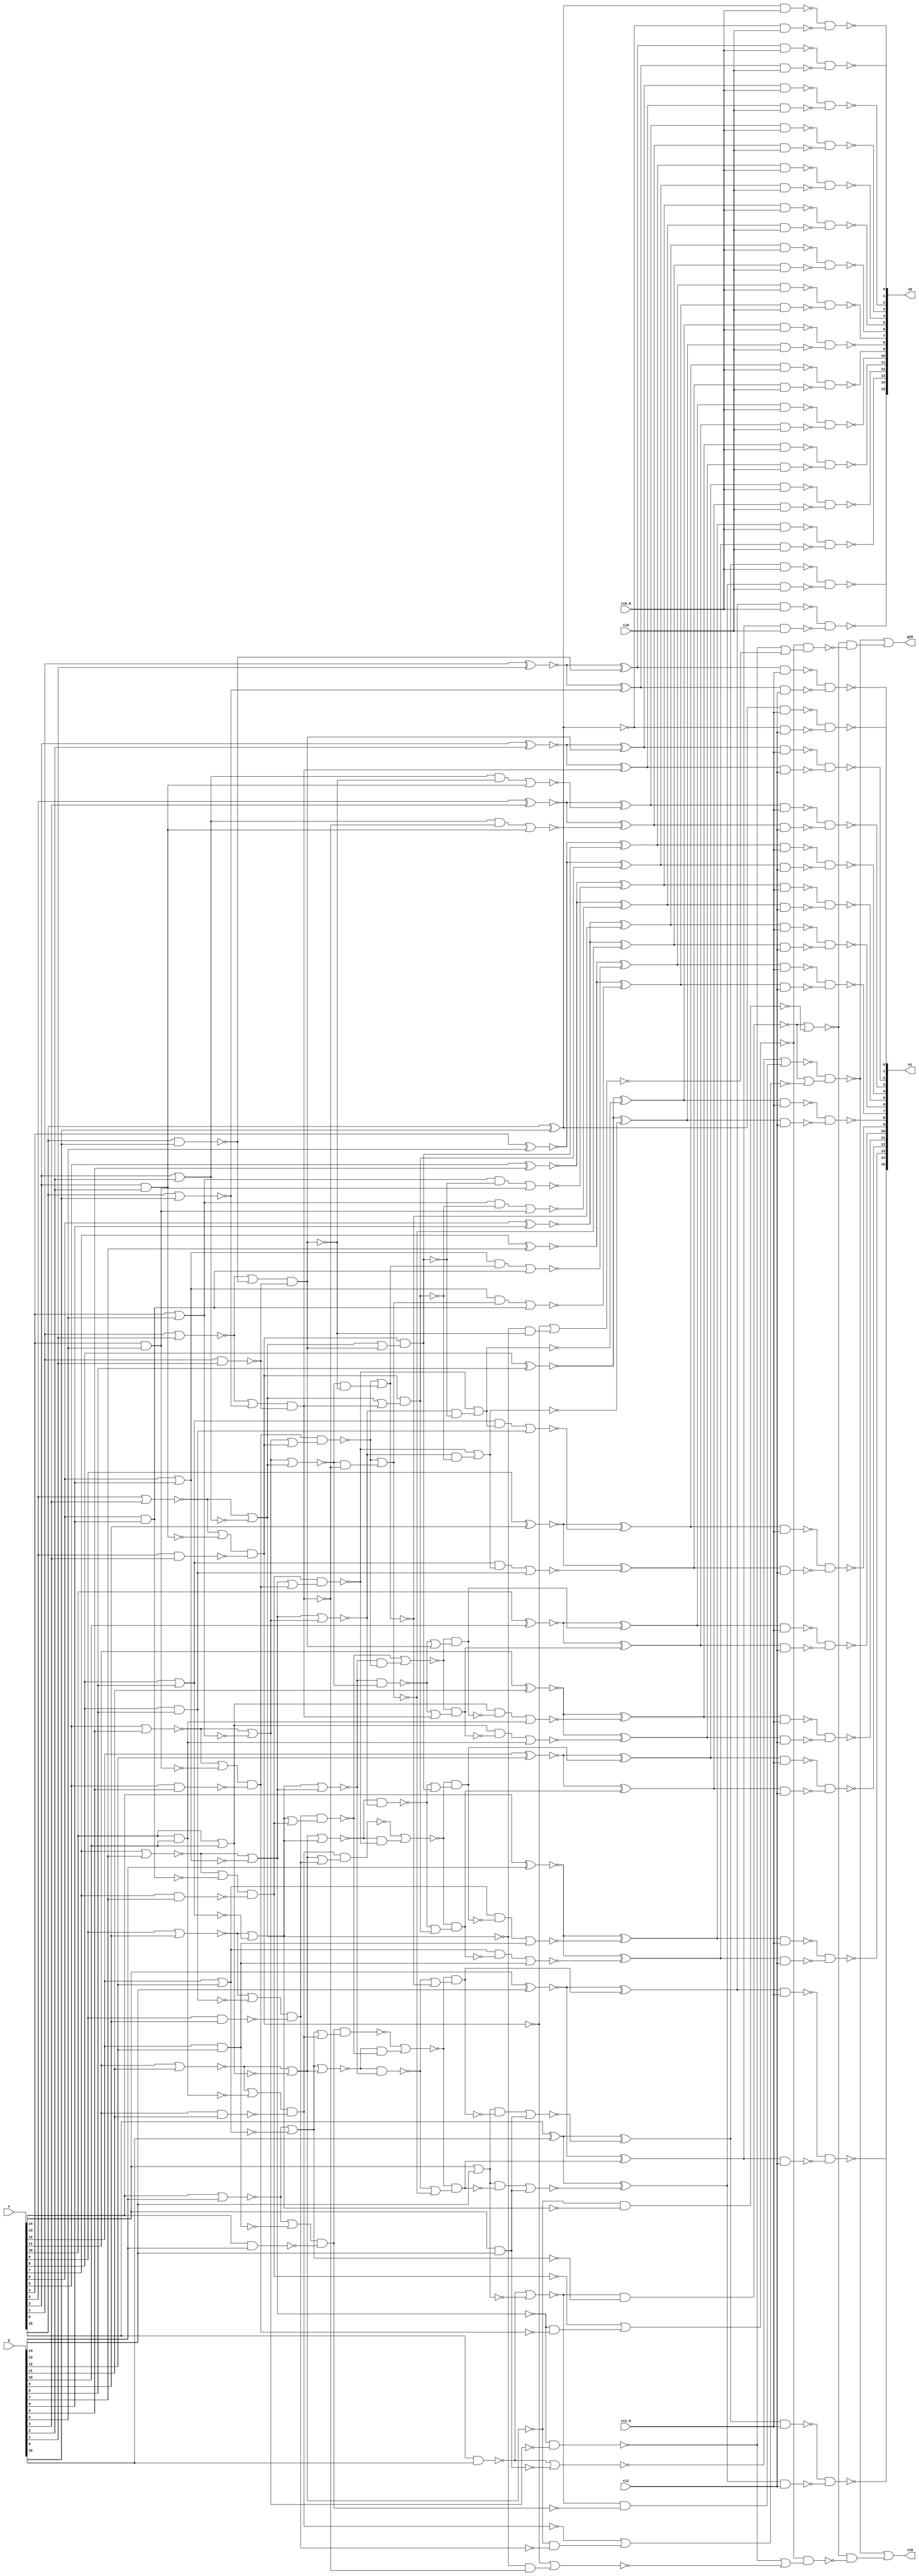
module fu_hc16pp_msb(
   x,
   y,
   ci0,
   ci0_b,
   ci1,
   ci1_b,
   s0,
   s1,
   g16,
   t16
);
   input [0:15]  x;
   input [0:15]  y;
   input         ci0;
   input         ci0_b;
   input         ci1;
   input         ci1_b;
   output [0:15] s0;
   output [0:15] s1;
   output        g16;
   output        t16;

   parameter     tiup = 1'b1;
   parameter     tidn = 1'b0;

   wire [1:15]   g01_b;
   wire [0:15]   t01_b;
   wire [0:15]   p01_b;
   wire [0:15]   p01;
   wire [0:7]    g01od;
   wire [0:7]    t01od;
   wire [0:7]    g02ev;
   wire [0:7]    t02ev;
   wire [1:7]    g02ev_b;
   wire [1:7]    t02ev_b;
   wire [1:7]    g04ev;
   wire [1:7]    t04ev;
   wire [1:7]    g08ev_b;
   wire [1:7]    t08ev_b;
   wire [1:7]    g16ev;
   wire [1:7]    t16ev;
   wire [1:15]   c0_b;
   wire [1:15]   c1_b;
   wire [0:15]   s0_raw;
   wire [0:15]   s1_raw;
   wire [0:15]   s0_x_b;
   wire [0:15]   s0_y_b;
   wire [0:15]   s1_x_b;
   wire [0:15]   s1_y_b;

   wire          glb_g04_e01_b;		//new // rep glb
   wire          glb_g04_e23_b;
   wire          glb_g04_e45_b;
   wire          glb_g04_e67_b;
   wire          glb_t04_e01_b;		//new // rep glb
   wire          glb_t04_e23_b;
   wire          glb_t04_e45_b;
   wire          glb_t04_e67_b;
   wire          glb_g08_e03;		//new // rep glb
   wire          glb_g08_e47;
   wire          glb_t08_e03;
   wire          glb_t08_e47;
   wire          glb_g16_e07_b;		//new // rep glb
   wire          glb_t16_e07_b;



   ////#####################################
   ////## group 1
   ////#####################################

   //hc00_g01: g01_b( 0) <= tiup                  ; --critical <=== different then MID
   assign g01_b[1] = (~(x[1] & y[1]));		//critical
   assign g01_b[2] = (~(x[2] & y[2]));		//critical
   assign g01_b[3] = (~(x[3] & y[3]));		//critical
   assign g01_b[4] = (~(x[4] & y[4]));		//critical
   assign g01_b[5] = (~(x[5] & y[5]));		//critical
   assign g01_b[6] = (~(x[6] & y[6]));		//critical
   assign g01_b[7] = (~(x[7] & y[7]));		//critical
   assign g01_b[8] = (~(x[8] & y[8]));		//critical
   assign g01_b[9] = (~(x[9] & y[9]));		//critical
   assign g01_b[10] = (~(x[10] & y[10]));		//critical
   assign g01_b[11] = (~(x[11] & y[11]));		//critical
   assign g01_b[12] = (~(x[12] & y[12]));		//critical
   assign g01_b[13] = (~(x[13] & y[13]));		//critical
   assign g01_b[14] = (~(x[14] & y[14]));		//critical
   assign g01_b[15] = (~(x[15] & y[15]));		//critical

   assign t01_b[0] = (~(x[0] & y[0]));		//critical <==== different then MID
   assign t01_b[1] = (~(x[1] | y[1]));		//critical
   assign t01_b[2] = (~(x[2] | y[2]));		//critical
   assign t01_b[3] = (~(x[3] | y[3]));		//critical
   assign t01_b[4] = (~(x[4] | y[4]));		//critical
   assign t01_b[5] = (~(x[5] | y[5]));		//critical
   assign t01_b[6] = (~(x[6] | y[6]));		//critical
   assign t01_b[7] = (~(x[7] | y[7]));		//critical
   assign t01_b[8] = (~(x[8] | y[8]));		//critical
   assign t01_b[9] = (~(x[9] | y[9]));		//critical
   assign t01_b[10] = (~(x[10] | y[10]));		//critical
   assign t01_b[11] = (~(x[11] | y[11]));		//critical
   assign t01_b[12] = (~(x[12] | y[12]));		//critical
   assign t01_b[13] = (~(x[13] | y[13]));		//critical
   assign t01_b[14] = (~(x[14] | y[14]));		//critical
   assign t01_b[15] = (~(x[15] | y[15]));		//critical

   assign p01[0] = (~(x[0] ^ y[0]));		//not critical  <==== different than MID
   assign p01[1] = (x[1] ^ y[1]);		//not critical
   assign p01[2] = (x[2] ^ y[2]);		//not critical
   assign p01[3] = (x[3] ^ y[3]);		//not critical
   assign p01[4] = (x[4] ^ y[4]);		//not critical
   assign p01[5] = (x[5] ^ y[5]);		//not critical
   assign p01[6] = (x[6] ^ y[6]);		//not critical
   assign p01[7] = (x[7] ^ y[7]);		//not critical
   assign p01[8] = (x[8] ^ y[8]);		//not critical
   assign p01[9] = (x[9] ^ y[9]);		//not critical
   assign p01[10] = (x[10] ^ y[10]);		//not critical
   assign p01[11] = (x[11] ^ y[11]);		//not critical
   assign p01[12] = (x[12] ^ y[12]);		//not critical
   assign p01[13] = (x[13] ^ y[13]);		//not critical
   assign p01[14] = (x[14] ^ y[14]);		//not critical
   assign p01[15] = (x[15] ^ y[15]);		//not critical

   assign p01_b[0] = (~(p01[0]));		//not critical
   assign p01_b[1] = (~(p01[1]));		//not critical
   assign p01_b[2] = (~(p01[2]));		//not critical
   assign p01_b[3] = (~(p01[3]));		//not critical
   assign p01_b[4] = (~(p01[4]));		//not critical
   assign p01_b[5] = (~(p01[5]));		//not critical
   assign p01_b[6] = (~(p01[6]));		//not critical
   assign p01_b[7] = (~(p01[7]));		//not critical
   assign p01_b[8] = (~(p01[8]));		//not critical
   assign p01_b[9] = (~(p01[9]));		//not critical
   assign p01_b[10] = (~(p01[10]));		//not critical
   assign p01_b[11] = (~(p01[11]));		//not critical
   assign p01_b[12] = (~(p01[12]));		//not critical
   assign p01_b[13] = (~(p01[13]));		//not critical
   assign p01_b[14] = (~(p01[14]));		//not critical
   assign p01_b[15] = (~(p01[15]));		//not critical

   assign g01od[0] = (~g01_b[1]);
   assign g01od[1] = (~g01_b[3]);
   assign g01od[2] = (~g01_b[5]);
   assign g01od[3] = (~g01_b[7]);
   assign g01od[4] = (~g01_b[9]);
   assign g01od[5] = (~g01_b[11]);
   assign g01od[6] = (~g01_b[13]);
   assign g01od[7] = (~g01_b[15]);

   assign t01od[0] = (~t01_b[1]);
   assign t01od[1] = (~t01_b[3]);
   assign t01od[2] = (~t01_b[5]);
   assign t01od[3] = (~t01_b[7]);
   assign t01od[4] = (~t01_b[9]);
   assign t01od[5] = (~t01_b[11]);
   assign t01od[6] = (~t01_b[13]);
   assign t01od[7] = (~t01_b[15]);

   ////#####################################
   ////## group 2
   ////#####################################

   assign g02ev[7] = (~((t01_b[14] | g01_b[15]) & g01_b[14]));		//final
   assign g02ev[6] = (~((t01_b[12] | g01_b[13]) & g01_b[12]));
   assign g02ev[5] = (~((t01_b[10] | g01_b[11]) & g01_b[10]));
   assign g02ev[4] = (~((t01_b[8] | g01_b[9]) & g01_b[8]));
   assign g02ev[3] = (~((t01_b[6] | g01_b[7]) & g01_b[6]));
   assign g02ev[2] = (~((t01_b[4] | g01_b[5]) & g01_b[4]));
   assign g02ev[1] = (~((t01_b[2] | g01_b[3]) & g01_b[2]));
   assign g02ev[0] = (~(t01_b[0] | g01_b[1]));		// <==== different than MID

   assign t02ev[7] = (~((t01_b[14] | t01_b[15]) & g01_b[14]));		//final
   assign t02ev[6] = (~(t01_b[12] | t01_b[13]));
   assign t02ev[5] = (~(t01_b[10] | t01_b[11]));
   assign t02ev[4] = (~(t01_b[8] | t01_b[9]));
   assign t02ev[3] = (~(t01_b[6] | t01_b[7]));
   assign t02ev[2] = (~(t01_b[4] | t01_b[5]));
   assign t02ev[1] = (~(t01_b[2] | t01_b[3]));
   assign t02ev[0] = (~(t01_b[0] | t01_b[1]));

   assign g02ev_b[7] = (~(g02ev[7]));		//new
   assign g02ev_b[6] = (~(g02ev[6]));		//new
   assign g02ev_b[5] = (~(g02ev[5]));		//new
   assign g02ev_b[4] = (~(g02ev[4]));		//new
   assign g02ev_b[3] = (~(g02ev[3]));		//new
   assign g02ev_b[2] = (~(g02ev[2]));		//new
   assign g02ev_b[1] = (~(g02ev[1]));		//new

   assign t02ev_b[7] = (~(t02ev[7]));		//new
   assign t02ev_b[6] = (~(t02ev[6]));		//new
   assign t02ev_b[5] = (~(t02ev[5]));		//new
   assign t02ev_b[4] = (~(t02ev[4]));		//new
   assign t02ev_b[3] = (~(t02ev[3]));		//new
   assign t02ev_b[2] = (~(t02ev[2]));		//new
   assign t02ev_b[1] = (~(t02ev[1]));		//new

   ////#####################################
   ////## replicating for global chain
   ////#####################################

   assign glb_g04_e01_b = (~(g02ev[0] | (t02ev[0] & g02ev[1])));
   assign glb_g04_e23_b = (~(g02ev[2] | (t02ev[2] & g02ev[3])));
   assign glb_g04_e45_b = (~(g02ev[4] | (t02ev[4] & g02ev[5])));
   assign glb_g04_e67_b = (~(g02ev[6] | (t02ev[6] & g02ev[7])));
   assign glb_t04_e01_b = (~(t02ev[0] & t02ev[1]));
   assign glb_t04_e23_b = (~(t02ev[2] & t02ev[3]));
   assign glb_t04_e45_b = (~(t02ev[4] & t02ev[5]));
   assign glb_t04_e67_b = (~(g02ev[6] | (t02ev[6] & t02ev[7])));

   assign glb_g08_e03 = (~(glb_g04_e01_b & (glb_t04_e01_b | glb_g04_e23_b)));
   assign glb_g08_e47 = (~(glb_g04_e45_b & (glb_t04_e45_b | glb_g04_e67_b)));
   assign glb_t08_e03 = (~(glb_t04_e01_b | glb_t04_e23_b));
   assign glb_t08_e47 = (~(glb_g04_e45_b & (glb_t04_e45_b | glb_t04_e67_b)));

   assign glb_g16_e07_b = (~(glb_g08_e03 | (glb_t08_e03 & glb_g08_e47)));
   assign glb_t16_e07_b = (~(glb_g08_e03 | (glb_t08_e03 & glb_t08_e47)));

   assign g16 = (~(glb_g16_e07_b));		//output
   assign t16 = (~(glb_t16_e07_b));		//output

   ////#####################################
   ////## group 4 // delayed for local chain ... reverse phase
   ////#####################################

   assign g04ev[7] = (~(g02ev_b[7]));
   assign g04ev[6] = (~(g02ev_b[6] & (t02ev_b[6] | g02ev_b[7])));		//final
   assign g04ev[5] = (~(g02ev_b[5] & (t02ev_b[5] | g02ev_b[6])));
   assign g04ev[4] = (~(g02ev_b[4] & (t02ev_b[4] | g02ev_b[5])));
   assign g04ev[3] = (~(g02ev_b[3] & (t02ev_b[3] | g02ev_b[4])));
   assign g04ev[2] = (~(g02ev_b[2] & (t02ev_b[2] | g02ev_b[3])));
   assign g04ev[1] = (~(g02ev_b[1] & (t02ev_b[1] | g02ev_b[2])));

   assign t04ev[7] = (~(t02ev_b[7]));
   assign t04ev[6] = (~(g02ev_b[6] & (t02ev_b[6] | t02ev_b[7])));		//final
   assign t04ev[5] = (~(t02ev_b[5] | t02ev_b[6]));
   assign t04ev[4] = (~(t02ev_b[4] | t02ev_b[5]));
   assign t04ev[3] = (~(t02ev_b[3] | t02ev_b[4]));
   assign t04ev[2] = (~(t02ev_b[2] | t02ev_b[3]));
   assign t04ev[1] = (~(t02ev_b[1] | t02ev_b[2]));

   ////#####################################
   ////## group 8
   ////#####################################

   assign g08ev_b[7] = (~(g04ev[7]));
   assign g08ev_b[6] = (~(g04ev[6]));
   assign g08ev_b[5] = (~(g04ev[5] | (t04ev[5] & g04ev[7])));		//final
   assign g08ev_b[4] = (~(g04ev[4] | (t04ev[4] & g04ev[6])));		//final
   assign g08ev_b[3] = (~(g04ev[3] | (t04ev[3] & g04ev[5])));
   assign g08ev_b[2] = (~(g04ev[2] | (t04ev[2] & g04ev[4])));
   assign g08ev_b[1] = (~(g04ev[1] | (t04ev[1] & g04ev[3])));

   assign t08ev_b[7] = (~(t04ev[7]));
   assign t08ev_b[6] = (~(t04ev[6]));
   assign t08ev_b[5] = (~(g04ev[5] | (t04ev[5] & t04ev[7])));		//final
   assign t08ev_b[4] = (~(g04ev[4] | (t04ev[4] & t04ev[6])));		//final
   assign t08ev_b[3] = (~(t04ev[3] & t04ev[5]));
   assign t08ev_b[2] = (~(t04ev[2] & t04ev[4]));
   assign t08ev_b[1] = (~(t04ev[1] & t04ev[3]));

   ////#####################################
   ////## group 16
   ////#####################################

   assign g16ev[7] = (~(g08ev_b[7]));
   assign g16ev[6] = (~(g08ev_b[6]));
   assign g16ev[5] = (~(g08ev_b[5]));
   assign g16ev[4] = (~(g08ev_b[4]));
   assign g16ev[3] = (~(g08ev_b[3] & (t08ev_b[3] | g08ev_b[7])));		//final
   assign g16ev[2] = (~(g08ev_b[2] & (t08ev_b[2] | g08ev_b[6])));		//final
   assign g16ev[1] = (~(g08ev_b[1] & (t08ev_b[1] | g08ev_b[5])));		//final

   assign t16ev[7] = (~(t08ev_b[7]));
   assign t16ev[6] = (~(t08ev_b[6]));
   assign t16ev[5] = (~(t08ev_b[5]));
   assign t16ev[4] = (~(t08ev_b[4]));
   assign t16ev[3] = (~(g08ev_b[3] & (t08ev_b[3] | t08ev_b[7])));		//final
   assign t16ev[2] = (~(g08ev_b[2] & (t08ev_b[2] | t08ev_b[6])));		//final
   assign t16ev[1] = (~(g08ev_b[1] & (t08ev_b[1] | t08ev_b[5])));		//final

   ////#####################################
   ////## group 16 delayed
   ////#####################################

   assign c0_b[14] = (~(g16ev[7]));
   assign c0_b[12] = (~(g16ev[6]));
   assign c0_b[10] = (~(g16ev[5]));
   assign c0_b[8] = (~(g16ev[4]));
   assign c0_b[6] = (~(g16ev[3]));
   assign c0_b[4] = (~(g16ev[2]));
   assign c0_b[2] = (~(g16ev[1]));

   assign c1_b[14] = (~(t16ev[7]));
   assign c1_b[12] = (~(t16ev[6]));
   assign c1_b[10] = (~(t16ev[5]));
   assign c1_b[8] = (~(t16ev[4]));
   assign c1_b[6] = (~(t16ev[3]));
   assign c1_b[4] = (~(t16ev[2]));
   assign c1_b[2] = (~(t16ev[1]));

   assign c0_b[15] = (~(g01od[7]));
   assign c0_b[13] = (~((t01od[6] & g16ev[7]) | g01od[6]));
   assign c0_b[11] = (~((t01od[5] & g16ev[6]) | g01od[5]));
   assign c0_b[9] = (~((t01od[4] & g16ev[5]) | g01od[4]));
   assign c0_b[7] = (~((t01od[3] & g16ev[4]) | g01od[3]));
   assign c0_b[5] = (~((t01od[2] & g16ev[3]) | g01od[2]));
   assign c0_b[3] = (~((t01od[1] & g16ev[2]) | g01od[1]));
   assign c0_b[1] = (~((t01od[0] & g16ev[1]) | g01od[0]));

   assign c1_b[15] = (~(t01od[7]));
   assign c1_b[13] = (~((t01od[6] & t16ev[7]) | g01od[6]));
   assign c1_b[11] = (~((t01od[5] & t16ev[6]) | g01od[5]));
   assign c1_b[9] = (~((t01od[4] & t16ev[5]) | g01od[4]));
   assign c1_b[7] = (~((t01od[3] & t16ev[4]) | g01od[3]));
   assign c1_b[5] = (~((t01od[2] & t16ev[3]) | g01od[2]));
   assign c1_b[3] = (~((t01od[1] & t16ev[2]) | g01od[1]));
   assign c1_b[1] = (~((t01od[0] & t16ev[1]) | g01od[0]));

   ////#####################################
   ////## sum before select
   ////#####################################

   assign s0_raw[0] = (p01_b[0] ^ c0_b[1]);
   assign s0_raw[1] = (p01_b[1] ^ c0_b[2]);
   assign s0_raw[2] = (p01_b[2] ^ c0_b[3]);
   assign s0_raw[3] = (p01_b[3] ^ c0_b[4]);
   assign s0_raw[4] = (p01_b[4] ^ c0_b[5]);
   assign s0_raw[5] = (p01_b[5] ^ c0_b[6]);
   assign s0_raw[6] = (p01_b[6] ^ c0_b[7]);
   assign s0_raw[7] = (p01_b[7] ^ c0_b[8]);
   assign s0_raw[8] = (p01_b[8] ^ c0_b[9]);
   assign s0_raw[9] = (p01_b[9] ^ c0_b[10]);
   assign s0_raw[10] = (p01_b[10] ^ c0_b[11]);
   assign s0_raw[11] = (p01_b[11] ^ c0_b[12]);
   assign s0_raw[12] = (p01_b[12] ^ c0_b[13]);
   assign s0_raw[13] = (p01_b[13] ^ c0_b[14]);
   assign s0_raw[14] = (p01_b[14] ^ c0_b[15]);
   assign s0_raw[15] = (~p01_b[15]);

   assign s1_raw[0] = (p01_b[0] ^ c1_b[1]);
   assign s1_raw[1] = (p01_b[1] ^ c1_b[2]);
   assign s1_raw[2] = (p01_b[2] ^ c1_b[3]);
   assign s1_raw[3] = (p01_b[3] ^ c1_b[4]);
   assign s1_raw[4] = (p01_b[4] ^ c1_b[5]);
   assign s1_raw[5] = (p01_b[5] ^ c1_b[6]);
   assign s1_raw[6] = (p01_b[6] ^ c1_b[7]);
   assign s1_raw[7] = (p01_b[7] ^ c1_b[8]);
   assign s1_raw[8] = (p01_b[8] ^ c1_b[9]);
   assign s1_raw[9] = (p01_b[9] ^ c1_b[10]);
   assign s1_raw[10] = (p01_b[10] ^ c1_b[11]);
   assign s1_raw[11] = (p01_b[11] ^ c1_b[12]);
   assign s1_raw[12] = (p01_b[12] ^ c1_b[13]);
   assign s1_raw[13] = (p01_b[13] ^ c1_b[14]);
   assign s1_raw[14] = (p01_b[14] ^ c1_b[15]);
   assign s1_raw[15] = (~s0_raw[15]);

   ////#####################################
   ////## sum after select
   ////#####################################

   assign s0_x_b[0] = (~(s0_raw[0] & ci0_b));
   assign s0_y_b[0] = (~(s1_raw[0] & ci0));
   assign s1_x_b[0] = (~(s0_raw[0] & ci1_b));
   assign s1_y_b[0] = (~(s1_raw[0] & ci1));
   assign s0[0] = (~(s0_x_b[0] & s0_y_b[0]));
   assign s1[0] = (~(s1_x_b[0] & s1_y_b[0]));

   assign s0_x_b[1] = (~(s0_raw[1] & ci0_b));
   assign s0_y_b[1] = (~(s1_raw[1] & ci0));
   assign s1_x_b[1] = (~(s0_raw[1] & ci1_b));
   assign s1_y_b[1] = (~(s1_raw[1] & ci1));
   assign s0[1] = (~(s0_x_b[1] & s0_y_b[1]));
   assign s1[1] = (~(s1_x_b[1] & s1_y_b[1]));

   assign s0_x_b[2] = (~(s0_raw[2] & ci0_b));
   assign s0_y_b[2] = (~(s1_raw[2] & ci0));
   assign s1_x_b[2] = (~(s0_raw[2] & ci1_b));
   assign s1_y_b[2] = (~(s1_raw[2] & ci1));
   assign s0[2] = (~(s0_x_b[2] & s0_y_b[2]));
   assign s1[2] = (~(s1_x_b[2] & s1_y_b[2]));

   assign s0_x_b[3] = (~(s0_raw[3] & ci0_b));
   assign s0_y_b[3] = (~(s1_raw[3] & ci0));
   assign s1_x_b[3] = (~(s0_raw[3] & ci1_b));
   assign s1_y_b[3] = (~(s1_raw[3] & ci1));
   assign s0[3] = (~(s0_x_b[3] & s0_y_b[3]));
   assign s1[3] = (~(s1_x_b[3] & s1_y_b[3]));

   assign s0_x_b[4] = (~(s0_raw[4] & ci0_b));
   assign s0_y_b[4] = (~(s1_raw[4] & ci0));
   assign s1_x_b[4] = (~(s0_raw[4] & ci1_b));
   assign s1_y_b[4] = (~(s1_raw[4] & ci1));
   assign s0[4] = (~(s0_x_b[4] & s0_y_b[4]));
   assign s1[4] = (~(s1_x_b[4] & s1_y_b[4]));

   assign s0_x_b[5] = (~(s0_raw[5] & ci0_b));
   assign s0_y_b[5] = (~(s1_raw[5] & ci0));
   assign s1_x_b[5] = (~(s0_raw[5] & ci1_b));
   assign s1_y_b[5] = (~(s1_raw[5] & ci1));
   assign s0[5] = (~(s0_x_b[5] & s0_y_b[5]));
   assign s1[5] = (~(s1_x_b[5] & s1_y_b[5]));

   assign s0_x_b[6] = (~(s0_raw[6] & ci0_b));
   assign s0_y_b[6] = (~(s1_raw[6] & ci0));
   assign s1_x_b[6] = (~(s0_raw[6] & ci1_b));
   assign s1_y_b[6] = (~(s1_raw[6] & ci1));
   assign s0[6] = (~(s0_x_b[6] & s0_y_b[6]));
   assign s1[6] = (~(s1_x_b[6] & s1_y_b[6]));

   assign s0_x_b[7] = (~(s0_raw[7] & ci0_b));
   assign s0_y_b[7] = (~(s1_raw[7] & ci0));
   assign s1_x_b[7] = (~(s0_raw[7] & ci1_b));
   assign s1_y_b[7] = (~(s1_raw[7] & ci1));
   assign s0[7] = (~(s0_x_b[7] & s0_y_b[7]));
   assign s1[7] = (~(s1_x_b[7] & s1_y_b[7]));

   assign s0_x_b[8] = (~(s0_raw[8] & ci0_b));
   assign s0_y_b[8] = (~(s1_raw[8] & ci0));
   assign s1_x_b[8] = (~(s0_raw[8] & ci1_b));
   assign s1_y_b[8] = (~(s1_raw[8] & ci1));
   assign s0[8] = (~(s0_x_b[8] & s0_y_b[8]));
   assign s1[8] = (~(s1_x_b[8] & s1_y_b[8]));

   assign s0_x_b[9] = (~(s0_raw[9] & ci0_b));
   assign s0_y_b[9] = (~(s1_raw[9] & ci0));
   assign s1_x_b[9] = (~(s0_raw[9] & ci1_b));
   assign s1_y_b[9] = (~(s1_raw[9] & ci1));
   assign s0[9] = (~(s0_x_b[9] & s0_y_b[9]));
   assign s1[9] = (~(s1_x_b[9] & s1_y_b[9]));

   assign s0_x_b[10] = (~(s0_raw[10] & ci0_b));
   assign s0_y_b[10] = (~(s1_raw[10] & ci0));
   assign s1_x_b[10] = (~(s0_raw[10] & ci1_b));
   assign s1_y_b[10] = (~(s1_raw[10] & ci1));
   assign s0[10] = (~(s0_x_b[10] & s0_y_b[10]));
   assign s1[10] = (~(s1_x_b[10] & s1_y_b[10]));

   assign s0_x_b[11] = (~(s0_raw[11] & ci0_b));
   assign s0_y_b[11] = (~(s1_raw[11] & ci0));
   assign s1_x_b[11] = (~(s0_raw[11] & ci1_b));
   assign s1_y_b[11] = (~(s1_raw[11] & ci1));
   assign s0[11] = (~(s0_x_b[11] & s0_y_b[11]));
   assign s1[11] = (~(s1_x_b[11] & s1_y_b[11]));

   assign s0_x_b[12] = (~(s0_raw[12] & ci0_b));
   assign s0_y_b[12] = (~(s1_raw[12] & ci0));
   assign s1_x_b[12] = (~(s0_raw[12] & ci1_b));
   assign s1_y_b[12] = (~(s1_raw[12] & ci1));
   assign s0[12] = (~(s0_x_b[12] & s0_y_b[12]));
   assign s1[12] = (~(s1_x_b[12] & s1_y_b[12]));

   assign s0_x_b[13] = (~(s0_raw[13] & ci0_b));
   assign s0_y_b[13] = (~(s1_raw[13] & ci0));
   assign s1_x_b[13] = (~(s0_raw[13] & ci1_b));
   assign s1_y_b[13] = (~(s1_raw[13] & ci1));
   assign s0[13] = (~(s0_x_b[13] & s0_y_b[13]));
   assign s1[13] = (~(s1_x_b[13] & s1_y_b[13]));

   assign s0_x_b[14] = (~(s0_raw[14] & ci0_b));
   assign s0_y_b[14] = (~(s1_raw[14] & ci0));
   assign s1_x_b[14] = (~(s0_raw[14] & ci1_b));
   assign s1_y_b[14] = (~(s1_raw[14] & ci1));
   assign s0[14] = (~(s0_x_b[14] & s0_y_b[14]));
   assign s1[14] = (~(s1_x_b[14] & s1_y_b[14]));

   assign s0_x_b[15] = (~(s0_raw[15] & ci0_b));
   assign s0_y_b[15] = (~(s1_raw[15] & ci0));
   assign s1_x_b[15] = (~(s0_raw[15] & ci1_b));
   assign s1_y_b[15] = (~(s1_raw[15] & ci1));
   assign s0[15] = (~(s0_x_b[15] & s0_y_b[15]));
   assign s1[15] = (~(s1_x_b[15] & s1_y_b[15]));

endmodule